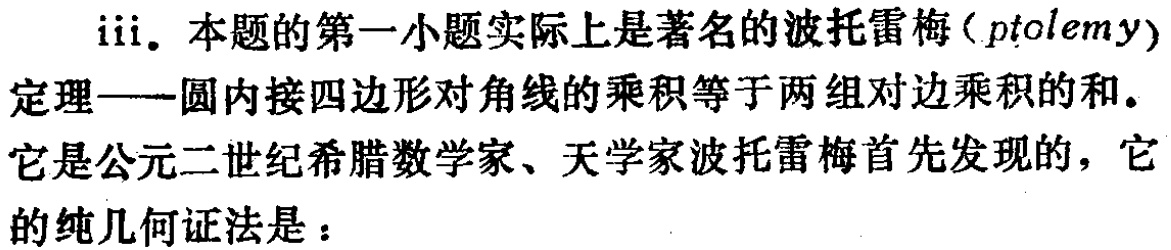
iii. 本题的第一小题实际上是著名的波托雷梅（ptolemy）定理——圆内接四边形对角线的乘积等于两组对边乘积的和。它是公元二世纪希腊数学家、天学家波托雷梅首先发现的，它的纯几何证法是：